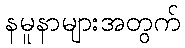
နမူနာများအတွက်